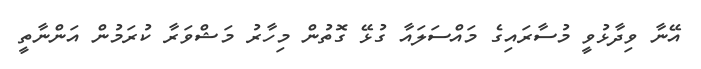
އޭނާ ވިދާޅުވީ މުސާރައިގެ މައްސަލައާ ގުޅޭ ގޮތުން މިހާރު މަޝްވަރާ ކުރަމުން އަންނާތީ